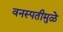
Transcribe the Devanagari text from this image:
वनस्पतीमुळे